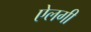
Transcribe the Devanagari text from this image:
ऐलगी